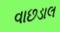
વાછડાલ